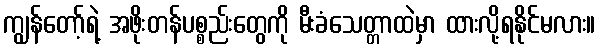
ကျွန်တော့်ရဲ့ အဖိုးတန်ပစ္စည်းတွေကို မီးခံသေတ္တာထဲမှာ ထားလို့ရနိုင်မလား။